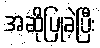
အဆိုပြုခဲ့ပြီး